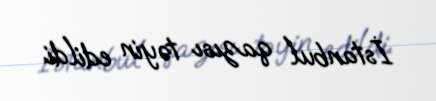
İstanbul qazısı təyin edildi.